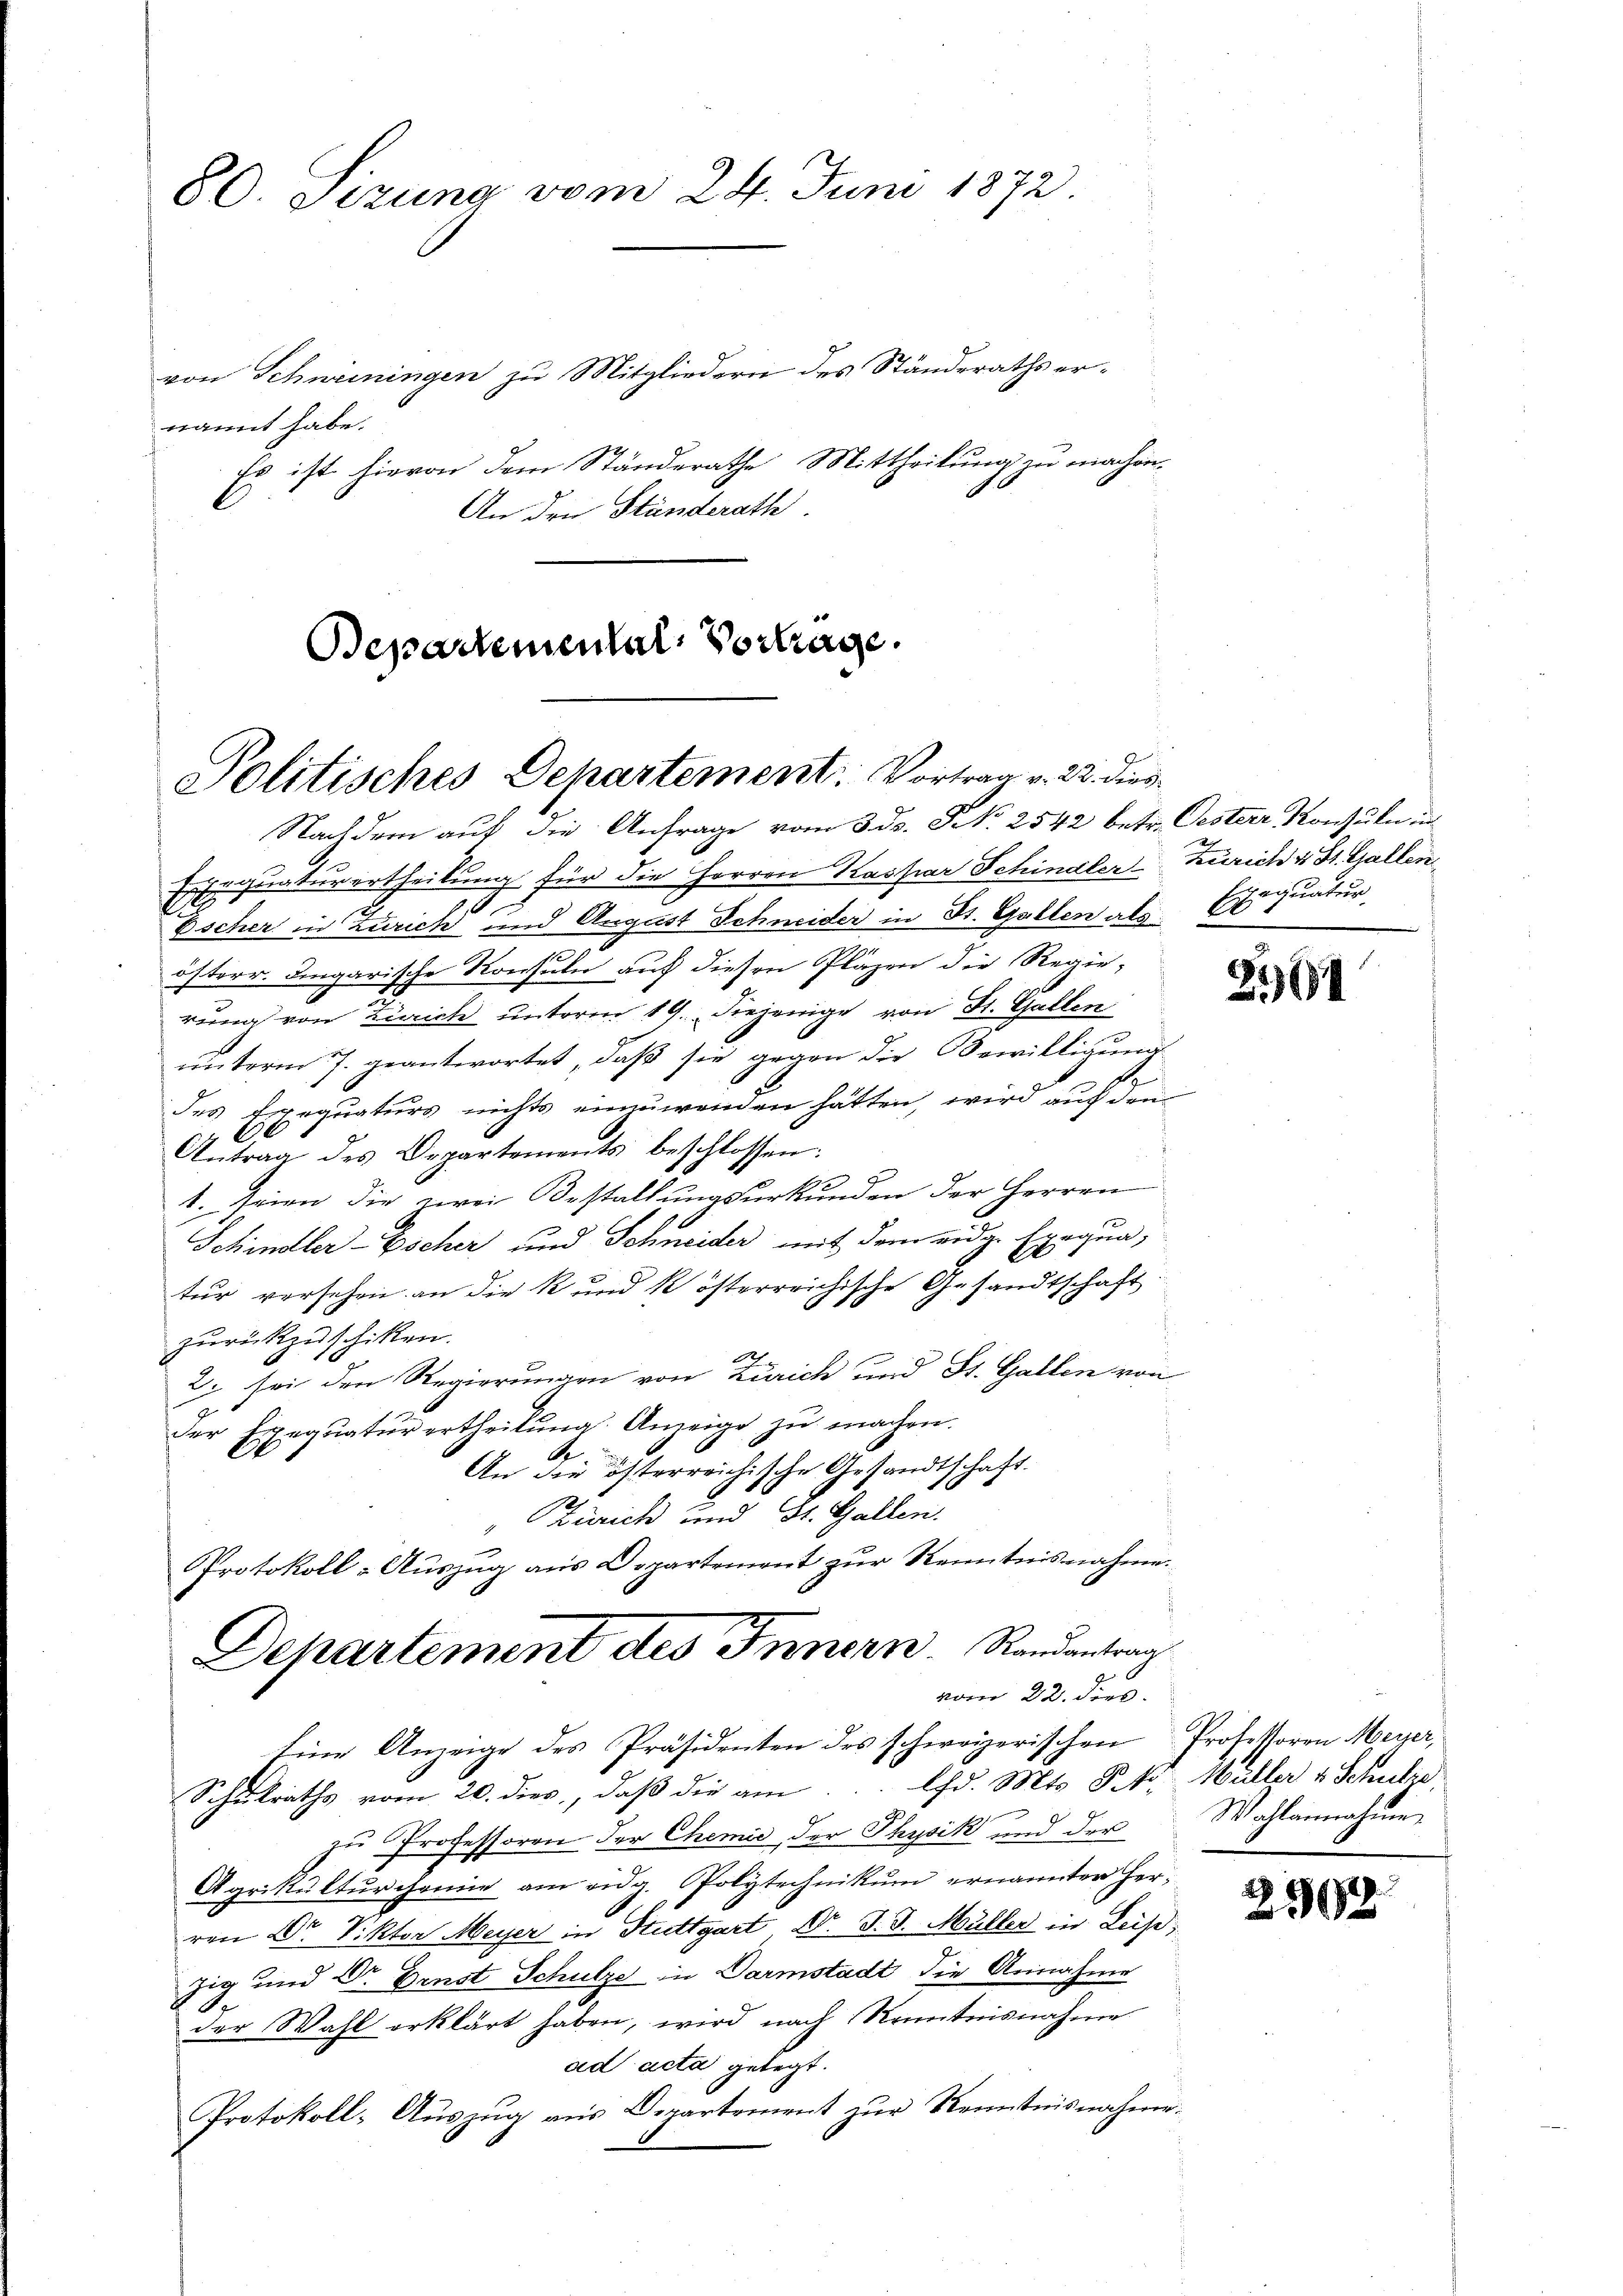
80. Sizung vom 24. Juni 1872.

von Schweiningen zu Mitgliedern des Ständeraths ernannt habe.
Es ist hievon dem Ständerathe Mittheilung zu machen.
.
An den Ständerath.
Departemental Vortrage.

Politisches Departement. Vortrag v. 22. dies¬

Nachdem auf die Anfrage vom 3. ds. S. 2542 betr. Oesterr. Konsuln in
Exequaturertheilung für die Herren Kaspar Schindler Zürich v. St. Gallen
Escher in Zürich und August Schneider in St. Gallen als 601
österr. Dingarische Konsuln auf diesen Pläzen die Regie-
rung von Zürich unterm 19. Diejenige von St. Gallen
unterm 7. geantwortet, daß sie gegen die Bewilligung
1
des Exequaturs nichts einzuwenden hätten, wird auf den
Antrag des Departements beschlossen:
1. seien die zwei Bestaltungsurkunden der Herren
Schindler-Escher und Schneider mit dem eidg. Exequa
tur versehen an die k und kösterreichische Gesandtschaft
zurückzuschiken.
2; sei den Regierungen von Zürich und St. Gallen von
der Exequatur ertheilŭng Anzeige zŭ machen.
An die österreichische Gesandtschaft.
Zürich und St. Gallen.
Protokoll-Auszug aus Departement zur Kenntnisnahme.
Departement des Innern. Randantrag
vom 22. dies
Eine Anzeige des Präsidenten des schweizerischen Professoren Meyer,
Schŭlraths vom 20. dies, daβ die am ... Chd. Mts. P. Nr. Waller v. Schutze,
zu Professoren der Chemie der Physik und der
Agrikultŭrcanne am eidg. Polytechnikum ernannter Her-
ren Dr. Viktor Meyer in Stuttgart Dr. J. J. Müller in Leist,
zig und Dr Ernst Schulze in Darmstadt die Annahme
der Wahl erklärt haben, wird nach Kenntnisnahme
ad acta gelegt.
Protokoll- Auszug aus Departement zur Kenntnisnahme.

xequatur

2461

Wahlannahme

2962